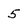
Character: 5